Report of the Imperial Institute of Veterinary Research, Muktesar
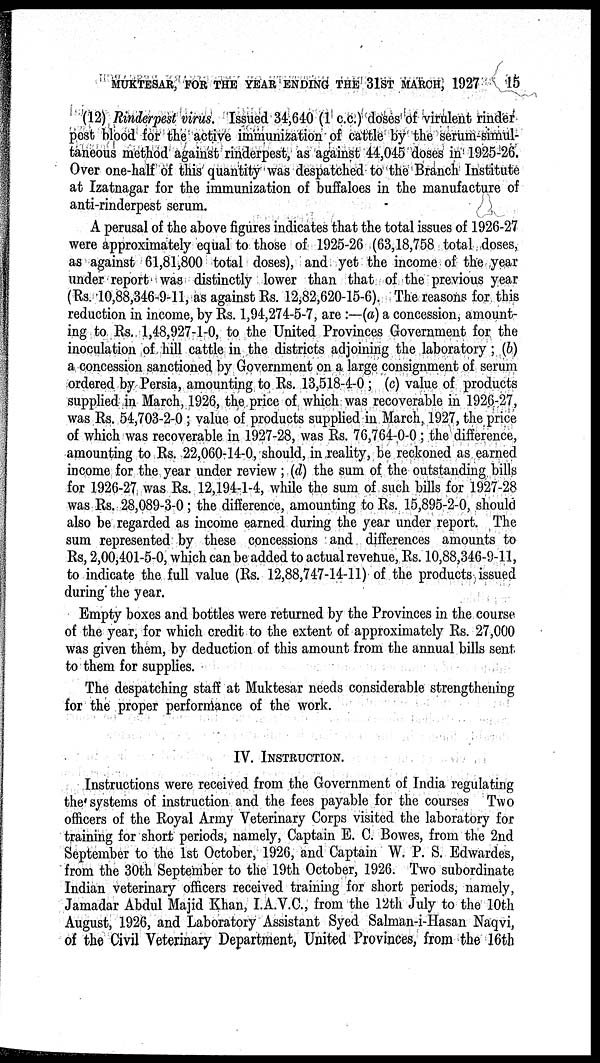
MUKTESAR, FOR THE YEAR ENDING THE 31ST MARCH, 1927
15
(12) Rinderpest virus. Issued 34,640 (1 c.c.) doses of virulent rinder
post blood for the active immunization of cattle by the serum-simul-
taneous method against rinderpest, as against 44,045 doses in 1925-26.
Over one-half of this quantity was despatched to the Branch Institute
at Izatnagar for the immunization of buffaloes in the manufacture of
anti-rinderpest serum.
A perusal of the above figures indicates that the total issues of 1926-27
were approximately equal to those of 1925-26 (63,18,758 total doses,
as against 61,81,800 total doses), and yet the income of the year
under report was distinctly lower than that of the previous year
(Rs. 10,88,346-9-11, as against Rs. 12,82,620-15-6). The reasons for this
reduction in income, by Rs. 1,94,274-5-7, are :—(a) a concession, amount-
ing to Rs. 1,48,927-1-0, to the United Provinces Government for the
inoculation of hill cattle in the districts adjoining the laboratory; (b)
a concession sanctioned by Government on a large consignment of serum
ordered by Persia, amounting to Rs. 13,518-4-0; (c) value of products
supplied in March, 1926, the price of which was recoverable in 1926-27,
was Rs. 54,703-2-0 ; value of products supplied in March, 1927, the price
of which was recoverable in 1927-28, was Rs. 76,764-0-0 ; the difference,
amounting to Rs. 22,060-14-0, should, in reality, be reckoned as earned
income for the year under review ; (d) the sum of the outstanding bills
for 1926-27 was Rs. 12,194-1-4, while the sum of such bills for 1927-28
was Rs. 28,089-3-0; the difference, amounting to Rs. 15,895-2-0, should
also be regarded as income earned during the year under report. The
sum represented by these concessions and differences amounts to
Rs, 2,00,401-5-0, which can be added to actual revenue, Rs. 10,88,346-9-11,
to indicate the full value (Rs. 12,88,747-14-11) of the products issued
during' the year.
Empty boxes and bottles were returned by the Provinces in the course
of the year, for which credit to the extent of approximately Rs. 27,000
was given them, by deduction of this amount from the annual bills sent
to them for supplies.
The despatching staff at Muktesar needs considerable strengthening
for the proper performance of the work.
IV. INSTRUCTION.
Instructions were received from the Government of India regulating
the systems of instruction and the fees payable for the courses Two
officers of the Royal Army Veterinary Corps visited the laboratory for
training for short periods, namely, Captain E. C. Bowes, from the 2nd
September to the 1st October, 1926, and Captain W. P. S. Edwardes,
from the 30th September to the 19th October, 1926. Two subordinate
Indian veterinary officers received training for short periods, namely,
Jamadar Abdul Majid Khan, I.A.V.C., from the 12th July to the 10th
August, 1926, and Laboratory Assistant Syed Salman-i-Hasan Naqvi,
of the Civil Veterinary Department, United Provinces, from the 16th